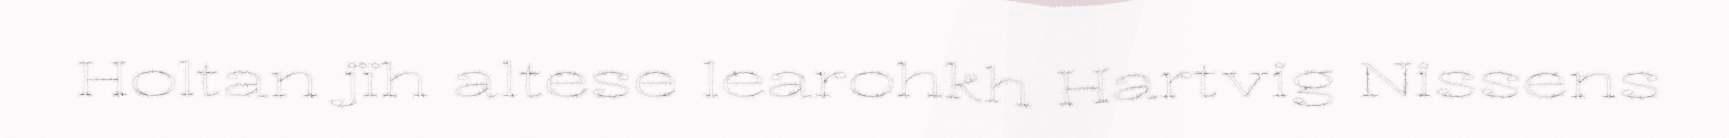
Holtan jïh altese learohkh Hartvig Nissens